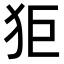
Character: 𤝙